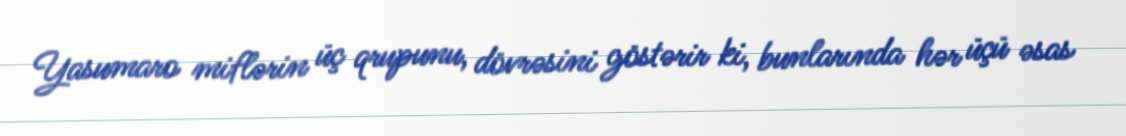
Yasumaro miflərin üç qrupunu, dövrəsini göstərir ki, bunlarında hər üçü əsas